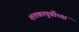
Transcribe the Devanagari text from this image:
शतकापूर्वीच्या